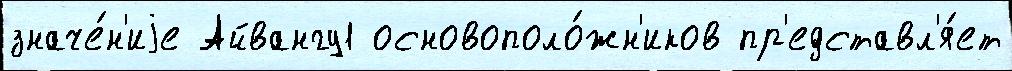
значе́н'иjе Айвангу1 основополо́жн'иков пр'едставл'я́ет